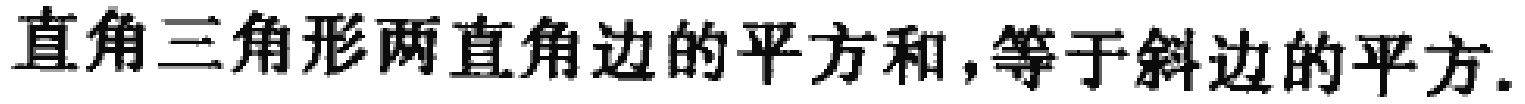
直角三角形两直角边的平方和，等于斜边的平方.